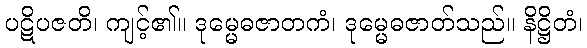
ပဋိပဇတိ၊ ကျင့်၏။ ဒုမ္မေဓဇာတကံ၊ ဒုမ္မေဓဇာတ်သည်။ နိဋ္ဌိတံ၊